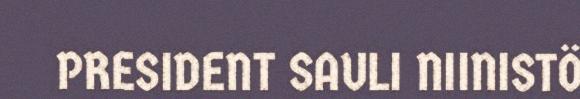
PRESIDENT SAULI NIINISTÖ